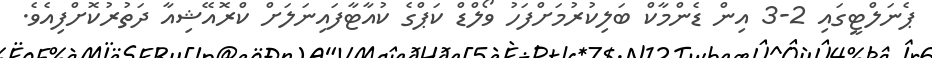
ޕެނަލްޓީގައި 2-3 އިން ޑެންމާކް ބަލިކުރުމަށްފަހު ވޯލްޑް ކަޕްގެ ކުއާޓާފައިނަލަށް ކްރޮއޭޝިއާ ދަތުރުކޮށްފިއެވެ.